Report of the King Institute of Preventive Medicine, Guindy
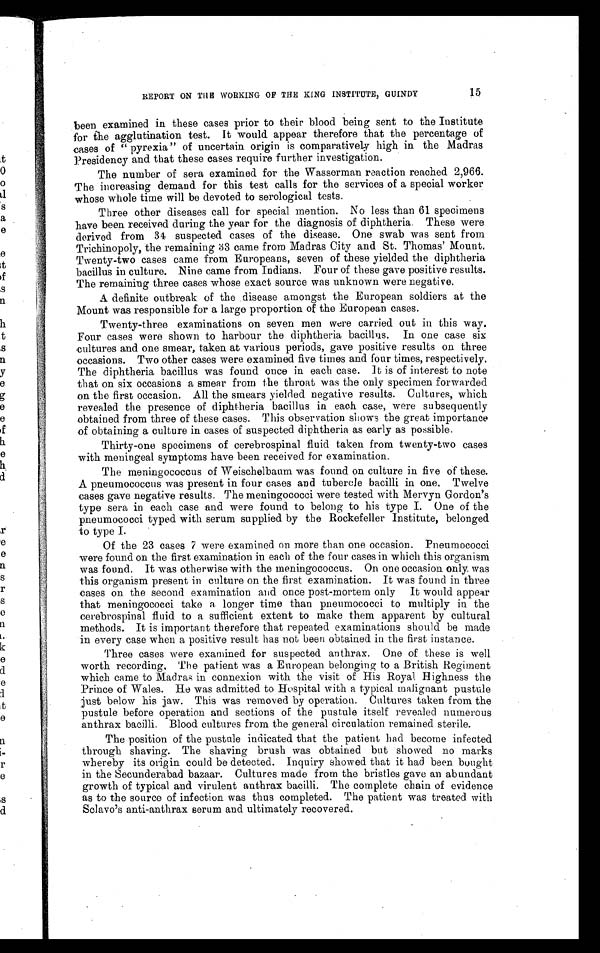
REPORT ON THE WORKING OF THE KING INSTITUTE, GUINDY
15
been examined in these cases prior to their blood being sent to the Institute
for the agglutination test. It would appear therefore that the percentage of
cases of " pyrexia" of uncertain origin is comparatively high in the Madras
Presidency and that these cases require further investigation.
The number of sera examined for the Wasserman reaction reached 2,966.
The increasing demand for this test calls for the services of a special worker
whose whole time will be devoted to serological tests.
Three other diseases call for special mention. No less than 61 specimens
have been received during the year for the diagnosis of diphtheria. These were
derived from 34 suspected cases of the disease. One swab was sent from
Trichinopoly, the remaining 33 came from Madras City and St. Thomas' Mount.
Twenty-two cases came from Europeans, seven of these yielded the diphtheria
bacillus in culture. Nine came from Indians. Four of these gave positive results.
The remaining three cases whose exact source was unknown were negative.
A definite outbreak of the disease amongst the European soldiers at the
Mount was responsible for a large proportion of the European cases.
Twenty-three examinations on seven men were carried out in this way.
Four cases were shown to harbour the diphtheria bacillus. In one case six
cultures and one smear, taken at various periods, gave positive results on three
occasions. Two other cases were examined five times and four times, respectively.
The diphtheria bacillus was found once in each case. It is of interest to note
that on six occasions a smear from the throat was the only specimen forwarded
on the first occasion. All the smears yielded negative results. Cultures, which
revealed the presence of diphtheria bacillus in each case, were subsequently
obtained from three of these cases. This observation shows the great importance
of obtaining a culture in cases of suspected diphtheria as early as possible.
Thirty-one specimens of cerebrospinal fluid taken from twenty-two cases
with meningeal symptoms have been received for examination.
The meningococcus of Weischelbaum was found on culture in five of these.
A pneumococcus was present in four cases and tubercle bacilli in one. Twelve
cases gave negative results. The meningococci were tested with Mervyn Gordon's
type sera in each case and were found to belong to his type I. One of the
pneumococci typed with serum supplied by the Rockefeller Institute, belonged
to type I.
Of the 23 cases 7 were examined on more than one occasion. Pneumococci
were found on the first examination in each of the four cases in which this organism
was found. It was otherwise with the meningococcus. On one occasion only, was
this organism present in culture on the first examination. It was found in three
cases on the second examination and once post-mortem only It would appear
that meningococci take a longer time than pneumococci to multiply in the
cerebrospinal fluid to a sufficient extent to make them apparent by cultural
methods. It is important therefore that repeated examinations should be made
in every case when a positive result has not been obtained in the first instance.
Three cases were examined for suspected anthrax. One of these is well
worth recording. The patient was a European belonging to a British Regiment
which came to Madras in connexion with the visit of His Royal Highness the
Prince of Wales. He was admitted to Hospital with a typical malignant pustule
just below his jaw. This was removed by operation. Cultures taken from the
pustule before operation and sections of the pustule itself revealed numerous
anthrax bacilli. Blood cultures from the general circulation remained sterile.
The position of the pustule indicated that the patient had become infected
through shaving. The shaving brush was obtained but showed no marks
whereby its origin could be detected. Inquiry showed that it had been bought
in the Secunderabad bazaar. Cultures made from the bristles gave an abundant
growth of typical and virulent anthrax bacilli. The complete chain of evidence
as to the source of infection was thus completed. The patient was treated with
Sclavo's anti-anthrax serum and ultimately recovered.